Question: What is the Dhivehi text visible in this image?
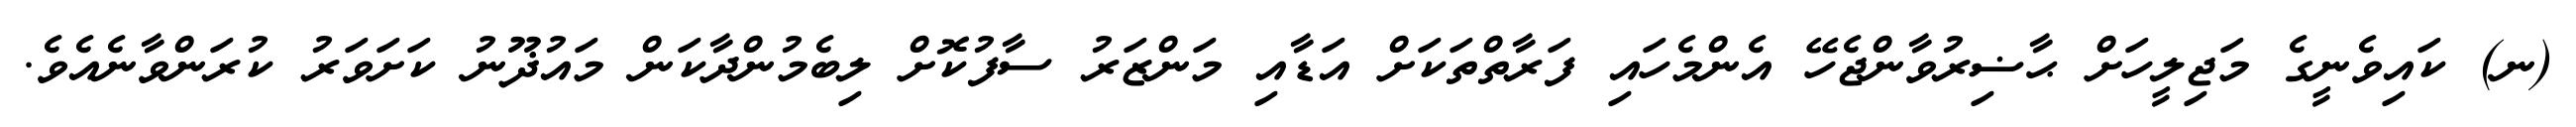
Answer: (ނ) ކައިވެނީގެ މަޖިލީހަށް ޙާޟިރުވާންޖެހޭ އެންމެހައި ފަރާތްތަކަށް އަޑާއި މަންޒަރު ސާފުކޮށް ލިބެމުންދާކަން މައުޛޫނު ކަށަވަރު ކުރަންވާނެއެވެ.